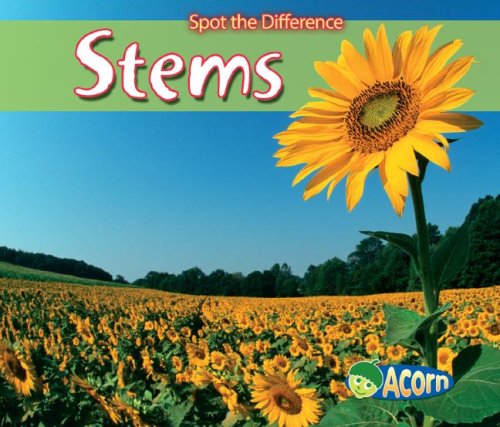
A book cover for Stems (Spot the Difference: Plants); Charlotte Guillain; Children's Books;